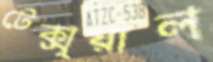
টেক্সুয়াল